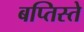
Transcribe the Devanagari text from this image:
बप्तिस्ते